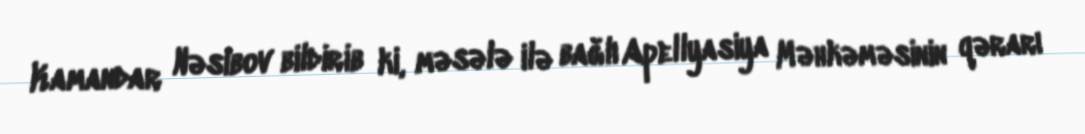
Kamandar Nəsibov bildirib ki, məsələ ilə bağlı Apellyasiya Məhkəməsinin qərarı